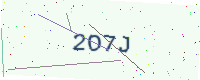
Text: 2O7J